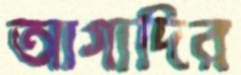
আগাদির